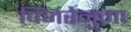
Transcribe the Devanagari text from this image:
पिंजरेनुमा